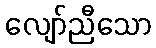
လျော်ညီသော